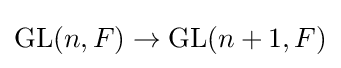
\operatorname {GL} (n,F)\to \operatorname {GL} (n+1,F)